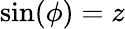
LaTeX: \sin(\phi)=z